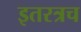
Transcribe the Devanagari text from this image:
इतरत्रच